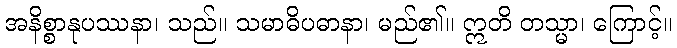
အနိစ္စာနုပဿနာ၊ သည်။ သမာဓိပဓာနာ၊ မည်၏။ ဣတိ တသ္မာ၊ ကြောင့်။